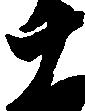
十